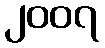
၂၀၀၇